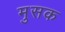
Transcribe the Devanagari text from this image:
मुसक